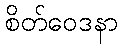
စိတ်ဝေဒနာ